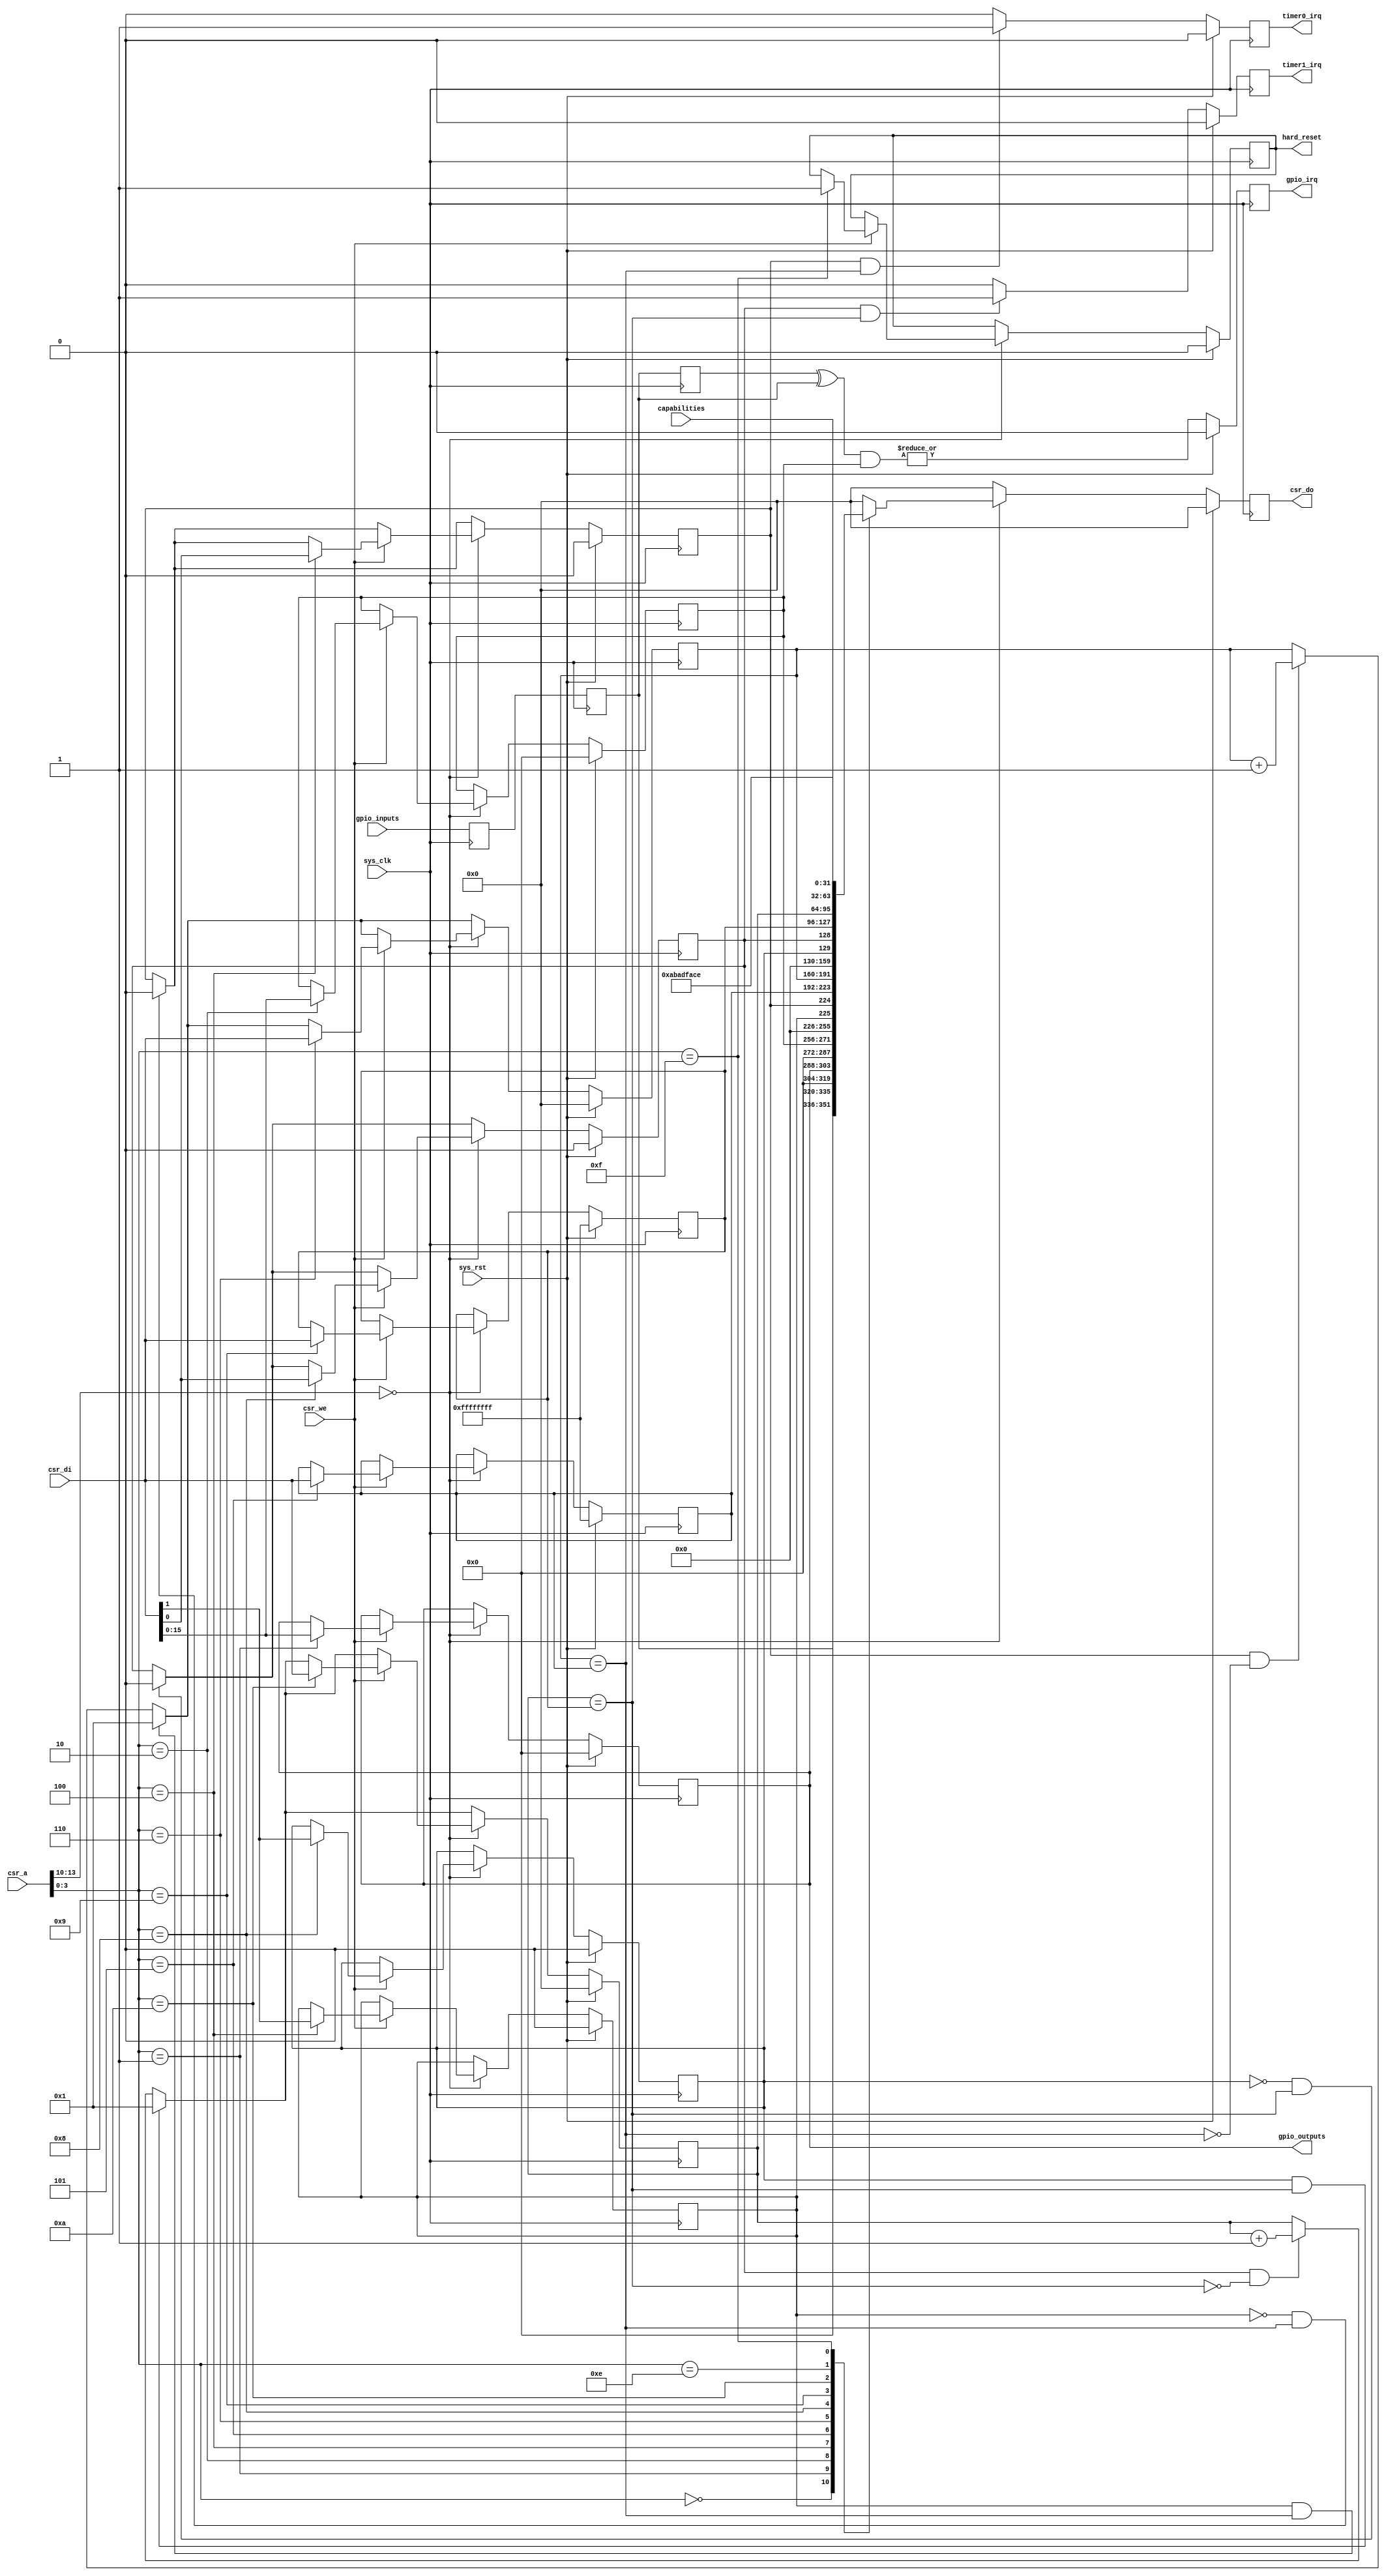
module sysctl #(
	parameter csr_addr = 4'h0,
	parameter ninputs = 16,
	parameter noutputs = 16,
	parameter systemid = 32'habadface
) (
	input sys_clk,
	input sys_rst,
	
	/* Interrupts */
	output reg gpio_irq,
	output reg timer0_irq,
	output reg timer1_irq,

	/* CSR bus interface */
	input [13:0] csr_a,
	input csr_we,
	input [31:0] csr_di,
	output reg [31:0] csr_do,
	
	/* GPIO */
	input [ninputs-1:0] gpio_inputs,
	output reg [noutputs-1:0] gpio_outputs,

	input [31:0] capabilities,

	output reg hard_reset
);

/*
 * GPIO
 */

/* Synchronize the input */
reg [ninputs-1:0] gpio_in0;
reg [ninputs-1:0] gpio_in;
always @(posedge sys_clk) begin
	gpio_in0 <= gpio_inputs;
	gpio_in <= gpio_in0;
end

/* Detect level changes and generate IRQs */
reg [ninputs-1:0] gpio_inbefore;
always @(posedge sys_clk) gpio_inbefore <= gpio_in;
wire [ninputs-1:0] gpio_diff = gpio_inbefore ^ gpio_in;
reg [ninputs-1:0] gpio_irqen;
always @(posedge sys_clk) begin
	if(sys_rst)
		gpio_irq <= 1'b0;
	else
		gpio_irq <= |(gpio_diff & gpio_irqen);
end

/*
 * Dual timer
 */

reg en0, en1;
reg ar0, ar1;
reg [31:0] counter0, counter1;
reg [31:0] compare0, compare1;

wire match0 = (counter0 == compare0);
wire match1 = (counter1 == compare1);

/*
 * Logic and CSR interface
 */

wire csr_selected = csr_a[13:10] == csr_addr;

always @(posedge sys_clk) begin
	if(sys_rst) begin
		csr_do <= 32'd0;

		timer0_irq <= 1'b0;
		timer1_irq <= 1'b0;
	
		gpio_outputs <= {noutputs{1'b0}};
		gpio_irqen <= {ninputs{1'b0}};
		
		en0 <= 1'b0;
		en1 <= 1'b0;
		ar0 <= 1'b0;
		ar1 <= 1'b0;
		counter0 <= 32'd0;
		counter1 <= 32'd0;
		compare0 <= 32'hFFFFFFFF;
		compare1 <= 32'hFFFFFFFF;

		hard_reset <= 1'b0;
	end else begin
		timer0_irq <= 1'b0;
		timer1_irq <= 1'b0;

		/* Handle timer 0 */
		if( en0 & ~match0) counter0 <= counter0 + 32'd1;
		if( en0 &  match0) timer0_irq <= 1'b1;
		if( ar0 &  match0) counter0 <= 32'd1;
		if(~ar0 &  match0) en0 <= 1'b0;

		/* Handle timer 1 */
		if( en1 & ~match1) counter1 <= counter1 + 32'd1;
		if( en1 &  match1) timer1_irq <= 1'b1;
		if( ar1 &  match1) counter1 <= 32'd1;
		if(~ar1 &  match1) en1 <= 1'b0;
	
		csr_do <= 32'd0;
		if(csr_selected) begin
			/* CSR Writes */
			if(csr_we) begin
				case(csr_a[3:0])
					/* GPIO registers */
					// 0000 is GPIO IN and is read-only
					4'b0001: gpio_outputs <= csr_di[noutputs-1:0];
					4'b0010: gpio_irqen <= csr_di[ninputs-1:0];
					
					/* Timer 0 registers */
					4'b0100: begin
						en0 <= csr_di[0];
						ar0 <= csr_di[1];
					end
					4'b0101: compare0 <= csr_di;
					4'b0110: counter0 <= csr_di;
					
					/* Timer 1 registers */
					4'b1000: begin
						en1 <= csr_di[0];
						ar1 <= csr_di[1];
					end
					4'b1001: compare1 <= csr_di;
					4'b1010: counter1 <= csr_di;

					4'b1111: hard_reset <= 1'b1;
				endcase
			end
		
			/* CSR Reads */
			case(csr_a[3:0])
				/* GPIO registers */
				4'b0000: csr_do <= gpio_in;
				4'b0001: csr_do <= gpio_outputs;
				4'b0010: csr_do <= gpio_irqen;
				
				/* Timer 0 registers */
				4'b0100: csr_do <= {ar0, en0};
				4'b0101: csr_do <= compare0;
				4'b0110: csr_do <= counter0;
				
				/* Timer 1 registers */
				4'b1000: csr_do <= {ar1, en1};
				4'b1001: csr_do <= compare1;
				4'b1010: csr_do <= counter1;

				4'b1110: csr_do <= capabilities;
				4'b1111: csr_do <= systemid;
			endcase
		end
	end
end

endmodule